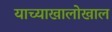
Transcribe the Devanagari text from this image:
याच्याखालोखाल